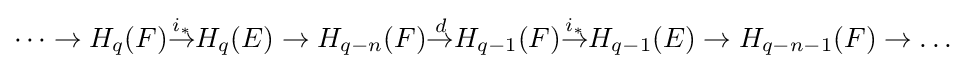
\dots \to H_{q}(F){\overset {i_{*}}{\to }}H_{q}(E)\to H_{q-n}(F){\overset {d}{\to }}H_{q-1}(F){\overset {i_{*}}{\to }}H_{q-1}(E)\to H_{q-n-1}(F)\to \dots